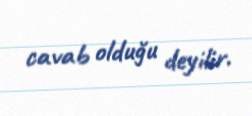
cavab olduğu deyilir.